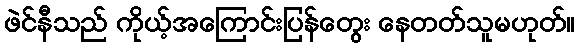
ဖဲင်နီသည် ကိုယ့်အကြောင်းပြန်တွေး နေတတ်သူမဟုတ်။